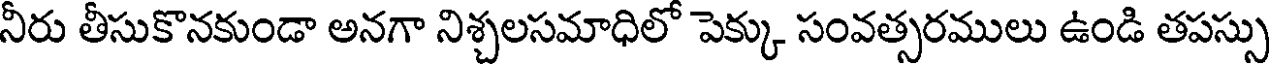
నీరు తీసుకొనకుండా అనగా నిశ్చలసమాధిలో పెక్కు సంవత్సరములు ఉండి తపస్సు